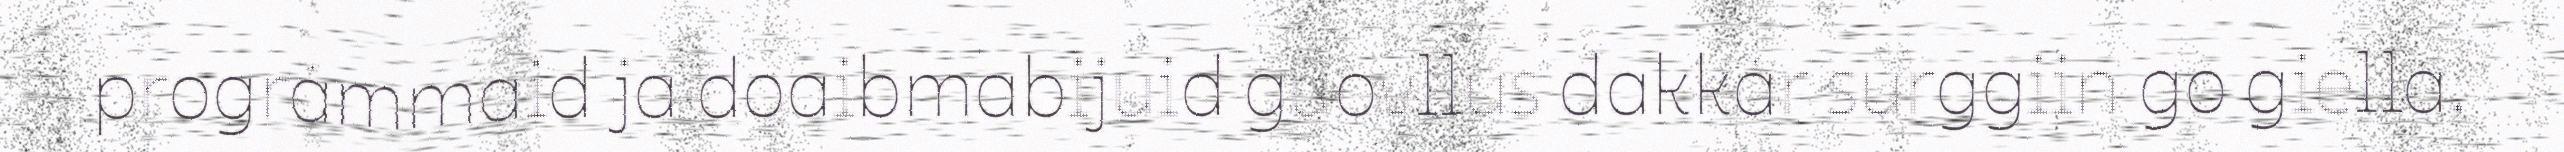
prográmmaid ja doaibmabijuid guovllus dakkár surggiin go giella,